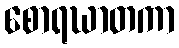
စောရဃာတကာ